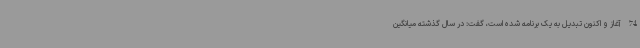
74 آغاز و اکنون تبدیل به یک برنامه شده است، گفت: در سال گذشته میانگین